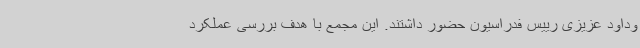
وداود عزیزی رییس فدراسیون حضور داشتند. این مجمع با هدف بررسی عملکرد